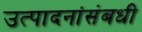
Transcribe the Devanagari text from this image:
उत्पादनांसंबधी